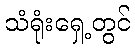
သံရုံးရှေ့တွင်